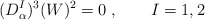
\begin{align*} (D^I_\alpha)^3(W)^2=0\;, \qquad I=1,2\end{align*}